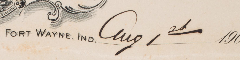
FORT WAYNE.IND. aug 1 21 1900